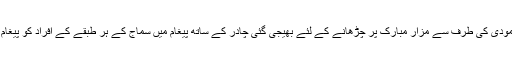
وزیراعظم مودی کی طرف سے مزار مبارک پر چڑھانے کے لئے بھیجی گئی چادر کے ساتھ پیغام میں سماج کے ہر طبقے کے افراد کو پیغام دیا گیا ہے۔